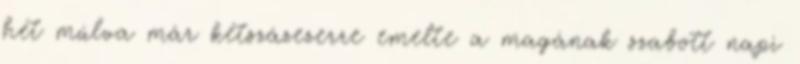
hét múlva már kétszázezerre emelte a magának szabott napi